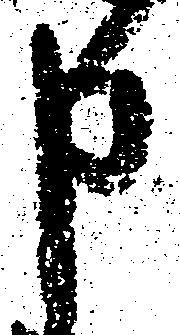
申